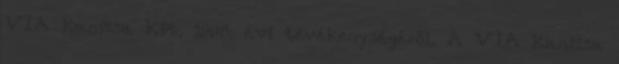
VIA Kanizsa Kft. 1998. évi tevékenységéről. A VIA Kanizsa